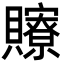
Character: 𧸴